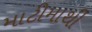
માટીમાથી